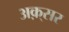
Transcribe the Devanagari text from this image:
अक़्सर